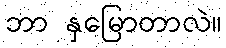
ဘာ နှမြောတာလဲ။